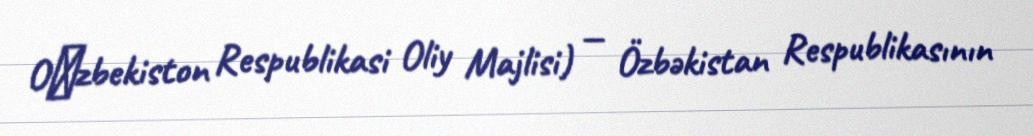
Oʻzbekiston Respublikasi Oliy Majlisi) — Özbəkistan Respublikasının